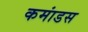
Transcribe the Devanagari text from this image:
कमांडस